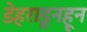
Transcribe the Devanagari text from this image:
डेहराडूनहून